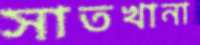
সাতখানা